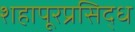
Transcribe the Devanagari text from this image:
शहापूरप्रसिद्ध